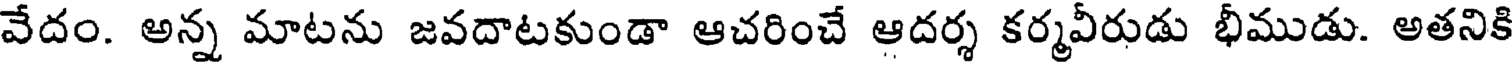
వేదం. అన్న మాటను జవదాటకుండా ఆచరించే ఆదర్శ కర్మవీరుడు భీముడు. అతనికి